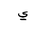
Letter: _ya